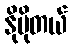
နိုဗိုတယ်